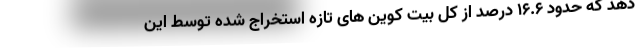
دهد که حدود 16.6 درصد از کل بیت کوین های تازه استخراج شده توسط این